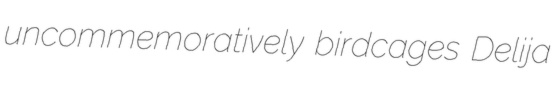
uncommemoratively birdcages Delija